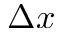
\Delta x